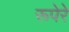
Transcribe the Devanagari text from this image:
रूपेरे